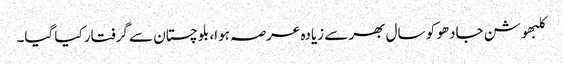
کلبھوشن جادھو کو سال بھر سے زیادہ عرصہ ہوا، بلوچستان سے گرفتار کیا گیا۔